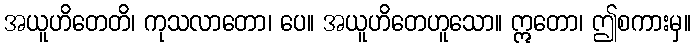
အယူဟိတေတိ၊ ကုသလာတော၊ ပေ။ အယူဟိတေဟူသော။ ဣတော၊ ဤစကားမှ။